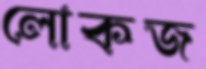
লোকজ